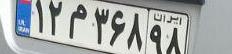
۱۲م۳۶۸۹۸